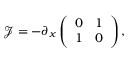
\mathscr { J } = - \partial _ { x } \left( \begin{array} { l l } { 0 } & { 1 } \\ { 1 } & { 0 } \end{array} \right) ,